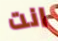
انت